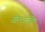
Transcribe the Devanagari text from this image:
ऑल्‍टरनेटिव